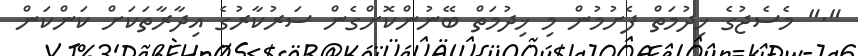
"." މެސެޖުގެ ޚިދުމަތް ފެށުމުން މި ޚިދުމަތް ބޭނުންކޮށްގެން ސަރުކާރުގެ އިދާރާތަކަށް ކަންކަން